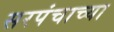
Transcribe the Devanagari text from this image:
सरपंचाच्या